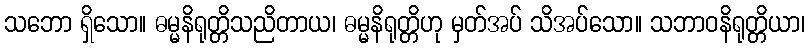
သဘော ရှိသော။ ဓမ္မနိရုတ္တိသညိတာယ၊ ဓမ္မနိရုတ္တိဟု မှတ်အပ် သိအပ်သော။ သဘာဝနိရုတ္တိယာ၊